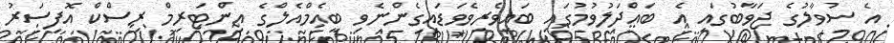
އެ ސުވާލުގެ ޖަވާބުގައި އެ ބައްދަލުވުމުގައި ބައިވެރިވެވަޑައިގެންނެވި ބީއެމްއެލްގެ އިންޓަރިމް ރިސްކް އޮފިސަރު